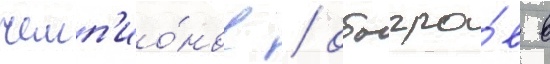
чемп'ио́нов / обыгра́в в